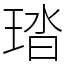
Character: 𤦊